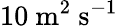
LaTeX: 10~\mathrm{m^{2}~s^{-1}}